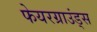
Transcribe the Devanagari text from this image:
फेयरग्राउंड्स